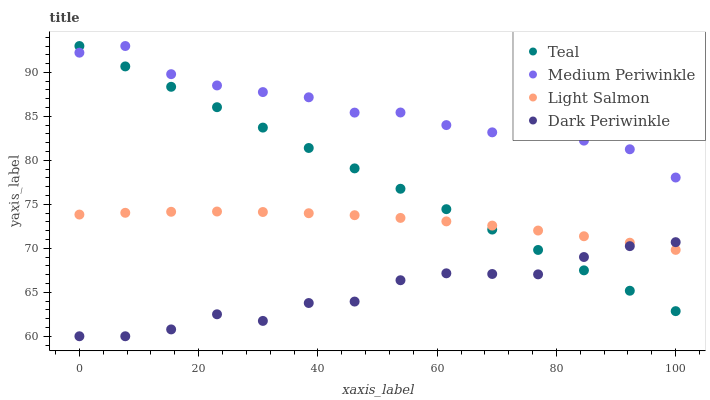
| xaxis_label | Teal | Medium Periwinkle | Light Salmon | Dark Periwinkle |
 | --- | --- | --- | --- | --- |
 | 0 | 93 | 92.2 | 73.8 | 60 |
 | 7.69 | 90.7 | 93 | 74 | 60 |
 | 15.4 | 88.4 | 89.8 | 74.2 | 60.8 |
 | 23.1 | 86 | 88.5 | 74.2 | 62.5 |
 | 30.8 | 83.7 | 87.8 | 74.1 | 61.7 |
 | 38.5 | 81.4 | 87.2 | 74 | 63.8 |
 | 46.2 | 79.1 | 85.4 | 73.8 | 63.9 |
 | 53.8 | 76.8 | 85.4 | 73.5 | 66.4 |
 | 61.5 | 74.4 | 84 | 73.1 | 67.2 |
 | 69.2 | 72.1 | 83.2 | 72.6 | 67.1 |
 | 76.9 | 69.8 | 83.5 | 72 | 67 |
 | 84.6 | 67.5 | 82.2 | 71.4 | 69 |
 | 92.3 | 65.2 | 81.3 | 70.6 | 70.2 |
 | 100 | 62.9 | 78 | 69.8 | 70.7 |